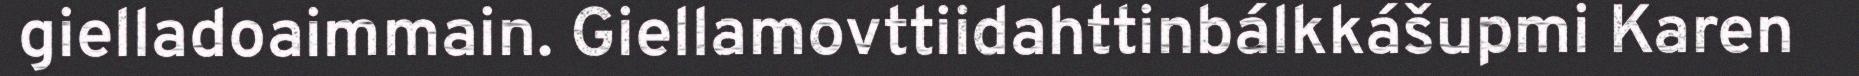
gielladoaimmain. Giellamovttiidahttinbálkkášupmi Karen